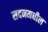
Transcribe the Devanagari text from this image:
सदनमधील